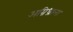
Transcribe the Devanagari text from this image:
अग्निध्राला